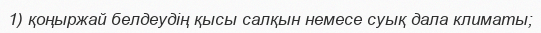
1) қоңыржай белдеудің қысы салқын немесе суық дала климаты;